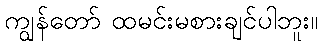
ကျွန်တော် ထမင်းမစားချင်ပါဘူး။